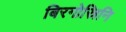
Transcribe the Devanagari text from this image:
बिरगोस्रिनि